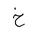
Letter: _kha